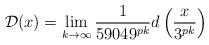
LaTeX: \begin{align*}\mathcal{D}(x) = \lim \limits_{k\rightarrow \infty}\frac{1}{59049^{pk}}d\left(\frac{x}{3^{pk}}\right)\end{align*}